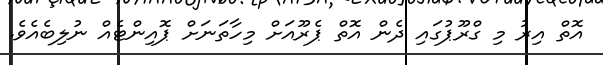
އޮތް އިރު މި ގްރޫޕުގައި ދެން އޮތް ޕެރޫއަށް މިހާތަނަށް ޕޮއިންޓެއް ނުލިބެއެވެ.